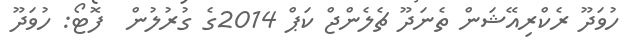
ހުވަދޫ ރެކްރިއޭޝަން ތެނަދޫ ޗެލެންޖް ކަޕް 2014ގެ ގުރުލުން  ފޮޓޯ: ހުވަދޫ